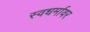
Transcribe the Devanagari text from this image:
स्वधर्मावर